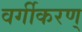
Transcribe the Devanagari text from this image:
वर्गीकरण्